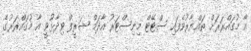
އާ މުގައްރަރަށް ތައްޔާރުވެފައި ސްޓޭޓް މިނިސްޓަރު އާދަމް ޝަރީފް ވިދާޅުވީ އާ މުގައްރަރުގެ